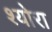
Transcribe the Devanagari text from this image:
श्योरा